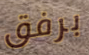
برفق